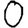
Digit: 0